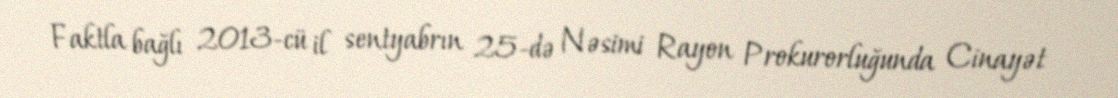
Faktla bağlı 2013-cü il sentyabrın 25-də Nəsimi Rayon Prokurorluğunda Cinayət